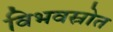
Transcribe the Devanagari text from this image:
विभवस्रोत